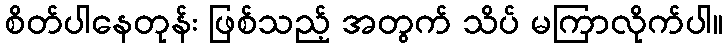
စိတ်ပါနေတုန်း ဖြစ်သည့် အတွက် သိပ် မကြာလိုက်ပါ။